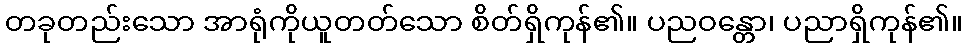
တခုတည်းသော အာရုံကိုယူတတ်သော စိတ်ရှိကုန်၏။ ပညဝန္တော၊ ပညာရှိကုန်၏။